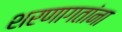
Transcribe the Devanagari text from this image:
शरणागतांना